Civil Veterinary Department. Madras. Admin. report 1910-25 - 1910-1925
Year: 1910
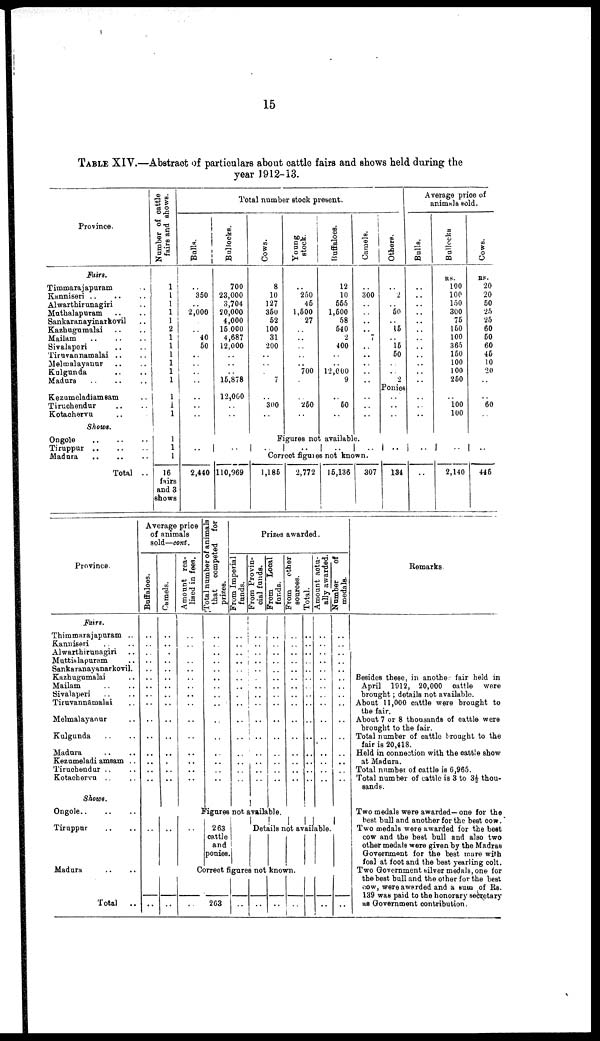
15
TABLE XIV.—Abstract of particulars about cattle fairs and shows held during the
year 1912-13.
Province.
Fairs.
Timmarajapuram ..
Kanniseri .. .. ..
Alwarthirunagiri ..
Muthalapuram .. ..
Sankaranayinarkovil ..
Kazkugumalai .. ..
Mailam .. .. ..
Sivalaperi .. ..
Tiruvannamalai .. ..
Melmalayanur .. ..
Kulgunda .. ..
Madura .. .. ..
Kezumeladiamsam ..
Tiruchendur .. ..
Kotachervu ..
Shows.
Ongole
..
..
..
Tiruppur .. .. ..
Madura
.. .. ..
Total ..
Number of cattle
fairs and shows.
1
1
1
1
1
2
1
1
1
1
1
1
1
1
1
1
1
1
16
fairs
and 3
shows
Total number stock present.
Bulls.
..
350
..
2,000
..
40
50
..
..
..
..
..
..
..
Bullocks.
700
23,000
3,704
20,000
4,000
15,000
4,687
12,000
..
..
..
15,878
12,000
..
..
Cows.
8
10
127
350
52
100
31
200
..
..
..
7
..
300
..
Young
stock.
..
250
45
1,500
27
..
..
..
..
..
700
..
250
..
Buffaloes.
12
10
555
1,500
58
540
2
400
..
..
12,000
9
..
50
..
Camels.
..
300
..
..
..
..
7
..
..
..
..
..
..
..
..
Others.
..
2
..
50
..
15
..
15
50
..
..
2
Ponies
..
..
..
Average price of
animals sold.
Bulls.
..
..
..
..
..
..
..
..
..
..
..
..
..
..
..
Bullocks
RS.
100
100
150
300
75
150
100
365
150
100
100
250
..
100
100
Cows.
RS.
20
20
50
25
25
60
50
60
45
10
20
..
..
60
..
Figures not available.
.. ..
..
..
..
..
..
..
..
..
Correct figures not known.
2,440 110,969
1,185
2,772
15,136
307
134 ..
2,140
445
Province.
Fairs.
Thimmarajapuram ..
Kanniseri .. ..
Alwarthirunagiri ..
Muttialapuram ..
Sankaranayanarkovil.
Kazhugumalai ..
Mailam .. ..
Sivalaperi .. ..
Tiruvannamalai ..
Melmalayanur ..
Kulgunda .. ..
Madura .. ..
Kezumeladi amsam ..
Tiruchendur .. ..
Kotacherva .. ..
Shows.
Ongole .. .. ..
Tiruppur .. ..
Madura .. ..
Total ..
Average price
of animals
sold—cont.
Buffaloes.
..
..
..
..
..
..
..
..
..
..
..
..
..
..
..
Camels.
..
..
..
..
..
..
..
..
..
..
..
..
..
..
..
Amount rea-
lised in fees.
..
..
..
..
..
..
..
..
..
..
..
..
..
..
..
Total number of animals
that competed for
prizes.
..
..
..
..
..
..
..
..
..
..
..
..
..
..
..
Prizes awarded.
From Imperial
funds.
..
..
..
..
..
..
..
..
..
..
..
..
..
..
..
From Provin-
cial funds.
..
..
..
..
..
..
..
..
..
..
..
..
..
..
..
From
Local
funds.
..
..
..
..
..
..
..
..
..
..
..
..
..
..
..
From
other
sources.
..
..
..
..
..
..
..
..
..
..
..
..
..
..
..
Total.
..
..
..
..
..
..
..
..
..
..
..
..
..
..
..
Amount actu-
ally awarded.
..
..
..
..
..
..
..
..
..
..
..
..
..
..
..
Number
of
medals.
..
..
..
..
..
..
..
..
..
..
..
..
..
..
..
Figures not available.
.. .. ..
263
cattle
and
ponies.
Details not available.
Correct figures not known.
.. .. ..
263 .. .. ..
..
..
..
Remarks
Besides these, in anothe fair held in
April 1912, 20,000 cattle were
brought ; details not available.
About 11,000 cattle were brought to
the fair.
About 7 or 8 thousands of cattle were
brought to the fair.
Total number of cattle brought to the
fair is 20,418.
Held in connection with the cattle show
at Madura.
Total number of cattle is 6,965.
Total number of cattle is 3 to 3½ thou-
sands.
Two medals were awarded—one for the
best bull and another for the best cow.
Two medals were awarded for the best
cow and the best bull and also two
other medals were given by the Madras
Government for the best mare with
foal at foot and the best yearling colt.
Two Government silver medals, one for
the best bull and the other for the best
cow, were awarded and a sum of Rs.
139 was paid to the honorary secretary
as Government contribution.